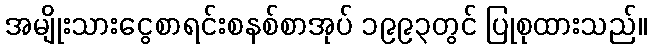
အမျိုးသားငွေစာရင်းစနစ်စာအုပ် ၁၉၉၃တွင် ပြုစုထားသည်။